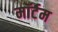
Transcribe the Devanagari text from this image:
मॉर्टम